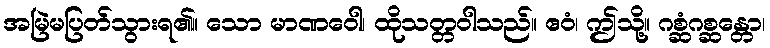
အမြဲမပြတ်သွားရ၏။ သော မာဏဝေါ၊ ထိုသတ္တဝါသည်။ ဧဝံ၊ ဤသို့။ ဂစ္ဆံဂစ္ဆန္တော၊